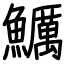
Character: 鱱